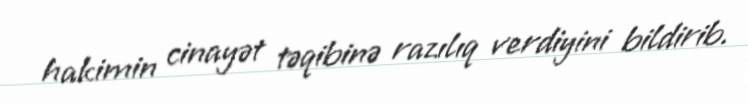
hakimin cinayət təqibinə razılıq verdiyini bildirib.